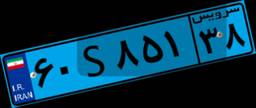
۶۰S۸۵۱۳۸